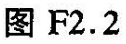
图 F2. 2